65_HS1-834228961_62-HQ-83894_Section_9
Agency: FBI
Page 93
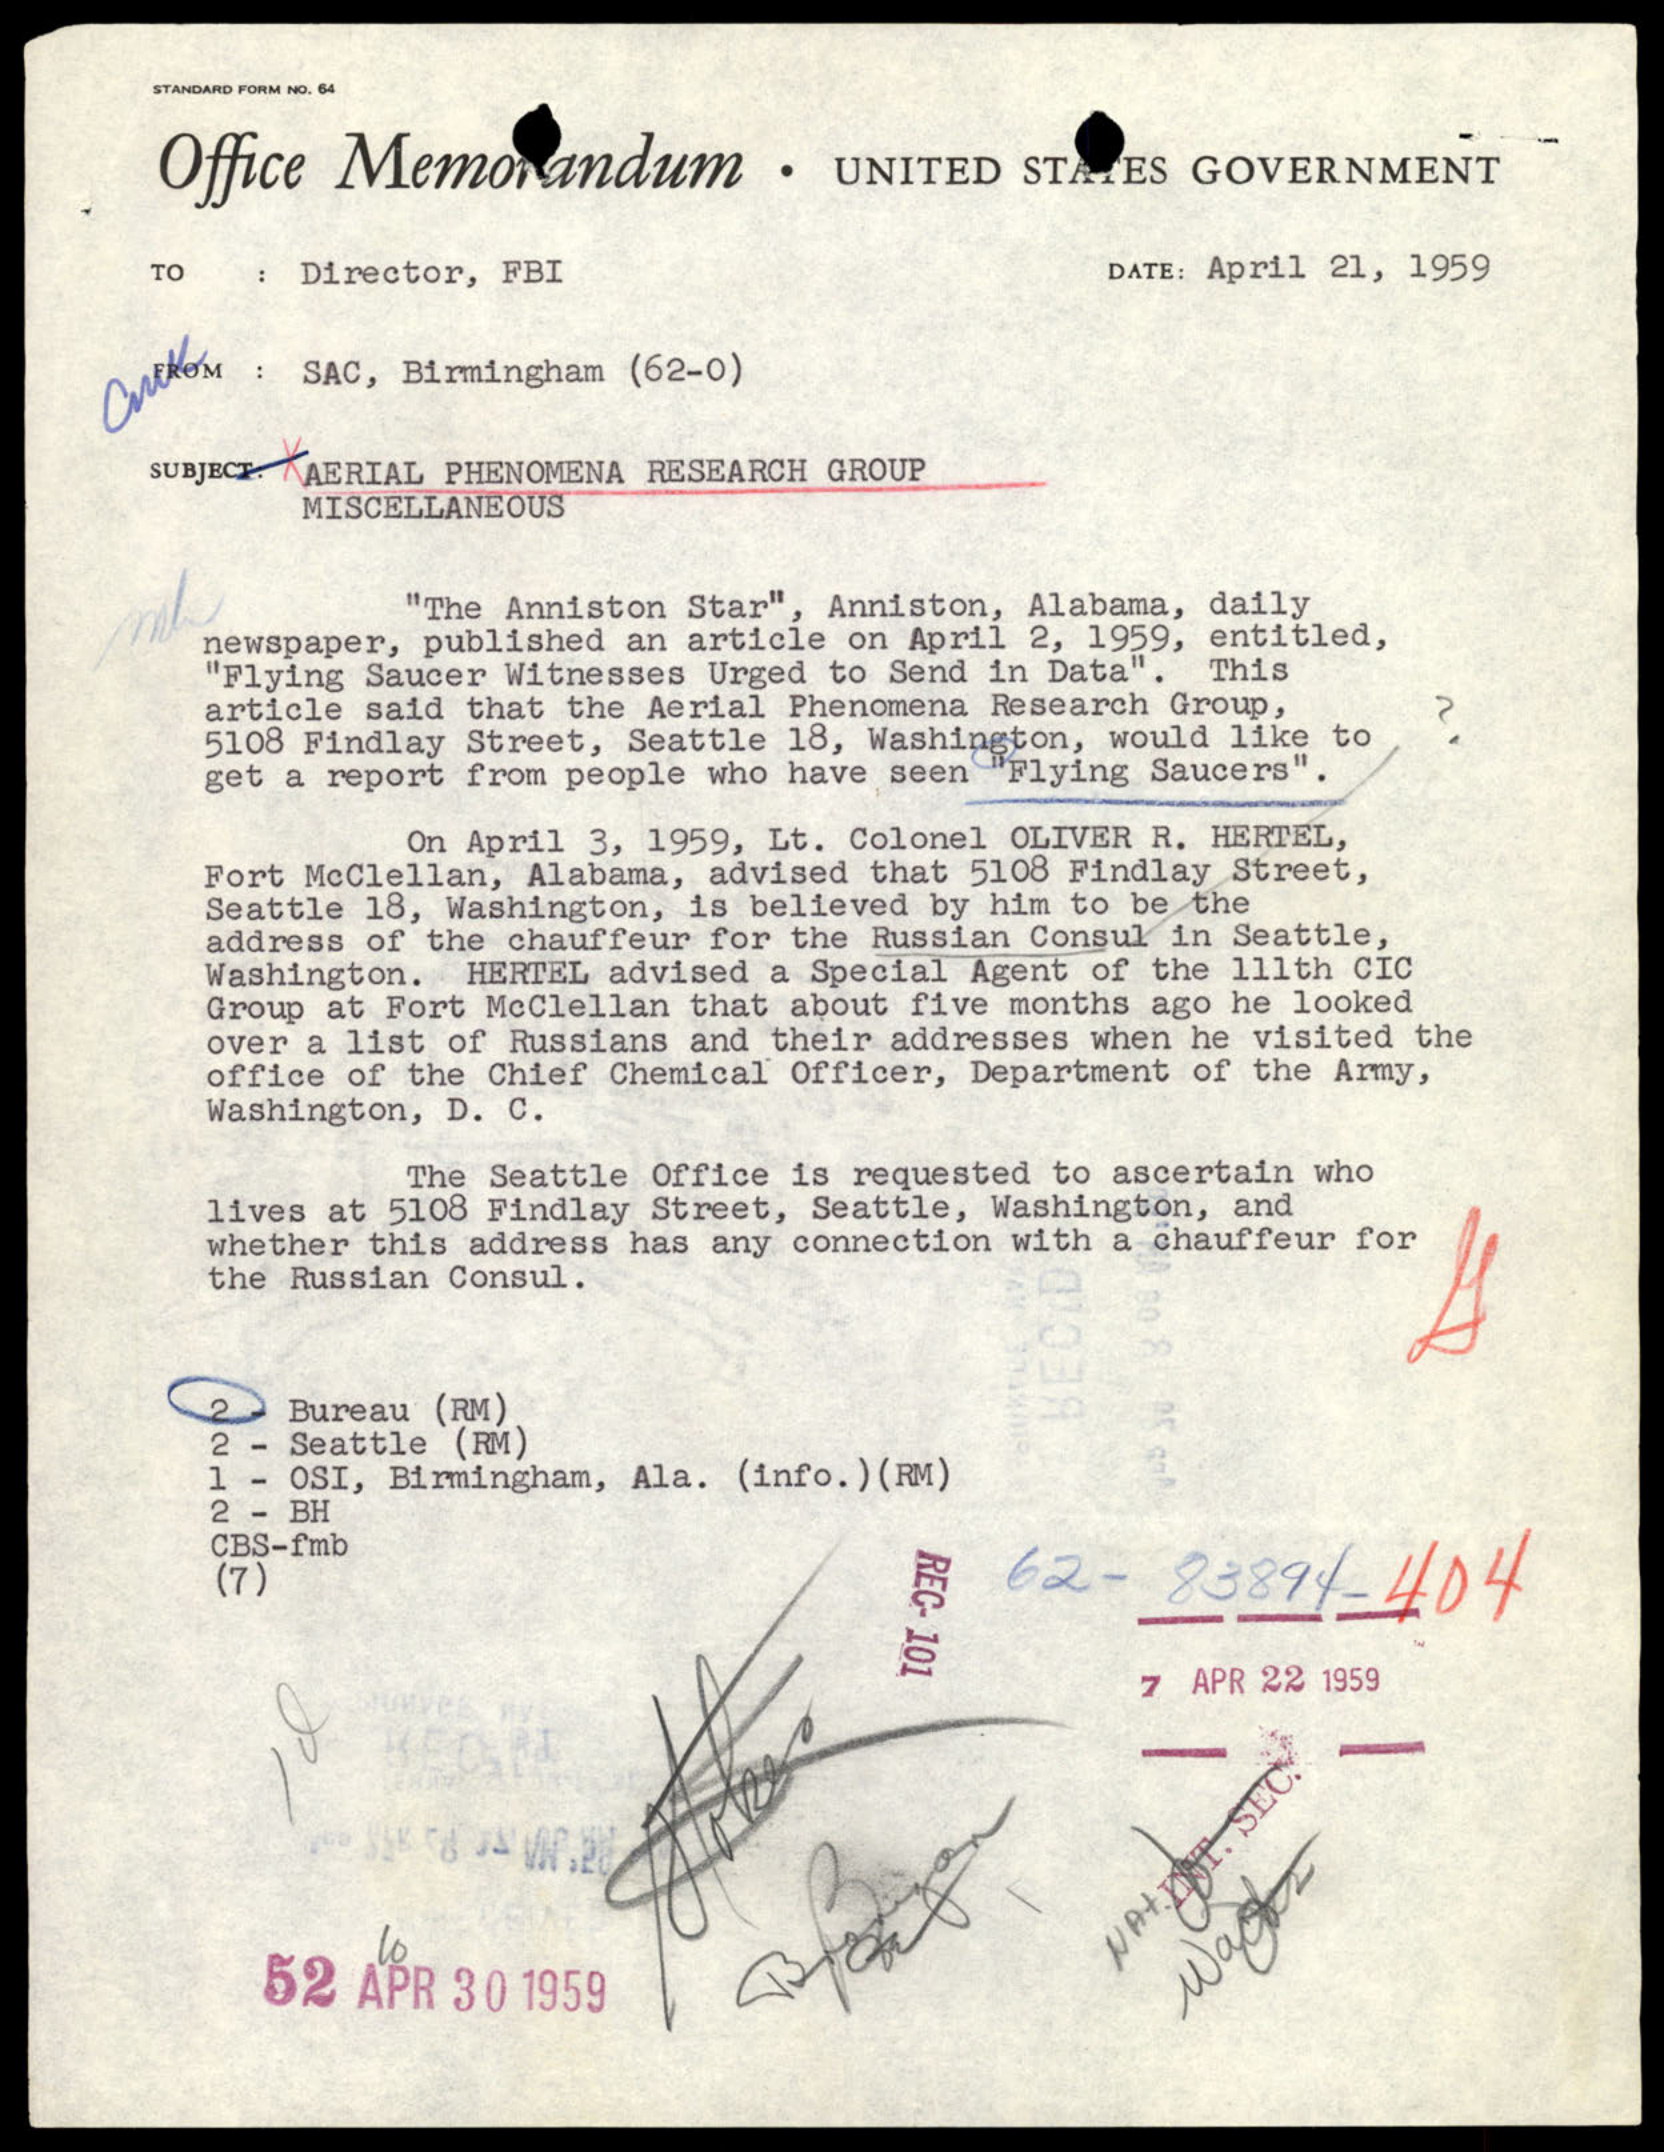